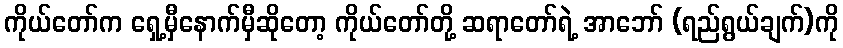
ကိုယ်တော်က ရှေ့မှီနောက်မှီဆိုတော့ ကိုယ်တော်တို့ ဆရာတော်ရဲ့ အာဘော် (ရည်ရွယ်ချက်)ကို